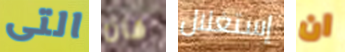
التى فان إستغلال ان